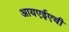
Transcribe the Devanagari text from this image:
आयएईएची